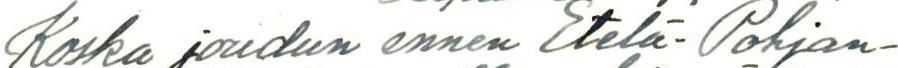
Koska joudun ennen Etelä-Pohjan-